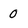
Character: 0